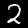
Label: 2